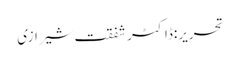
تحریر:ڈاکٹر شفقت شیرازی